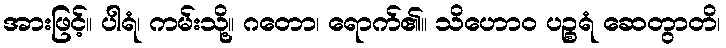
အားဖြင့်။ ပါရံ၊ ကမ်းသို့။ ဂတော၊ ရောက်၏။ သိဟောဝ ပဉ္စရံ ဆေတွာတိ၊